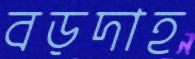
বড়দাহ